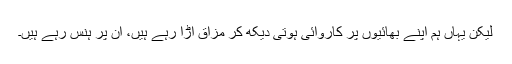
لیکن یہاں ہم اپنے بھائیوں پر کاروائی ہوتی دیکھ کر مزاق اڑا رہے ہیں، ان پر ہنس رہے ہیں۔